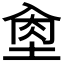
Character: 𡌵